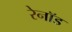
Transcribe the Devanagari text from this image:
रेनॉड